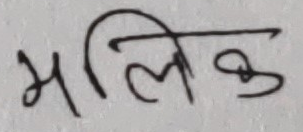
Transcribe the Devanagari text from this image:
मलिक